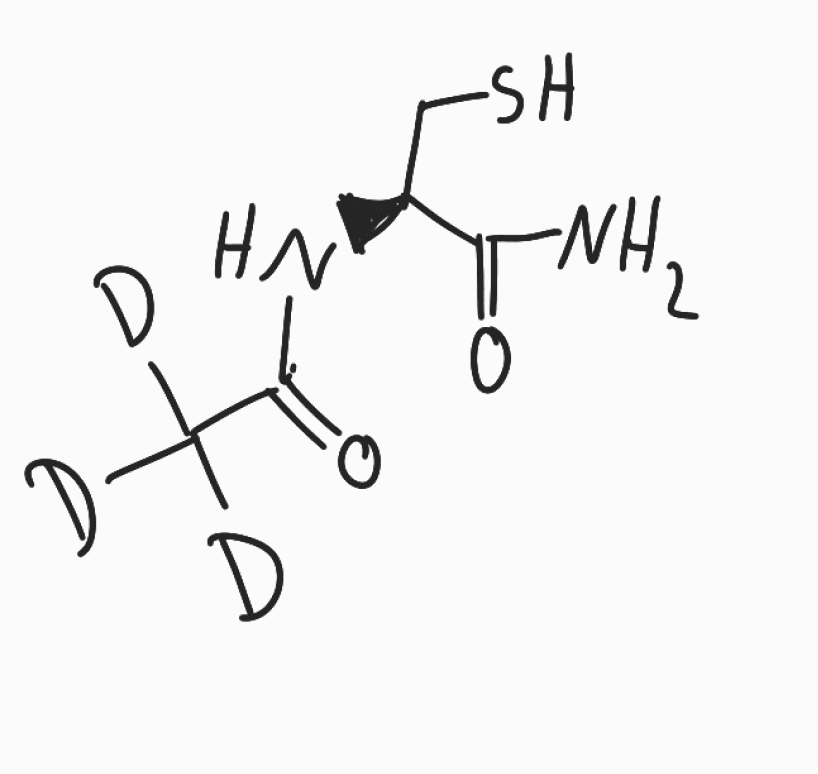
Simplified molecular-input line-entry system (SMILES) notation of the given molecule:
[2H]C([2H])([2H])C(=O)N[C@@H](CS)C(=O)N